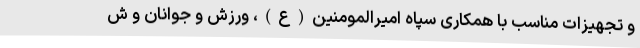
و تجهیزات مناسب با همکاری سپاه امیرالمومنین(ع)، ورزش و جوانان و ش